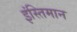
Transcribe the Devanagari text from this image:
इंस्तिमान